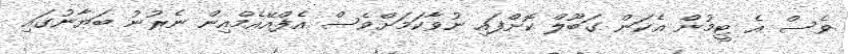
ވެސް އެ ޓީމުން އެކަން ގަބޫލް ކޮށްފައި ނުވާކަމަށްވެސް އެފްއޭއެމްއިން ނެރުނު ބަޔާނުގައި